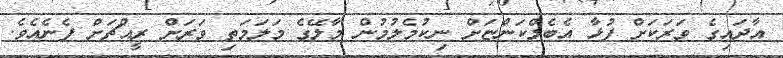
އާދައިގެ ވަރަކަށް ފުޅާ އެބެލްކަންޏަށް ނިކުމެލުމުން މާލޭގެ މަލަމަތި ވަރަށް ރީއްޗަށް ފެނެއެވެ.